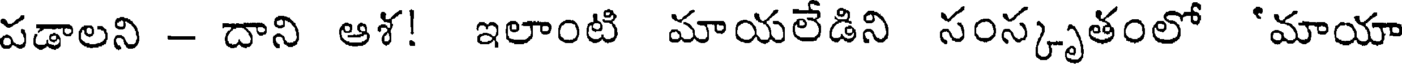
పడాలని - దాని ఆశ! ఇలాంటి మాయలేడిని సంస్కృతంలో 'మాయా